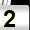
Digit: 2